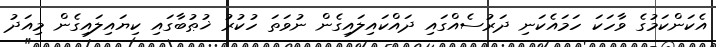
އެކަންކަމުގެ ވާހަކަ ހަމައެކަނި ދަރުސެއްގައި ދައްކައިލައިގެން ނުވަތަ ހުކުރު ޚުޠުބާގައި ކިޔައިލައިގެން މިއަދު